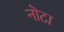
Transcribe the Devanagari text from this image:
नॊटा